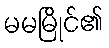
မမမြိုင်၏